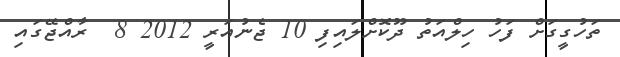
ތަހުގީގަށް ފަހު ހިލްއަތު ދޫކޮށްލައިފި 10 ޖެނުއަރީ 2012 8  ރާއްޖޭގައި